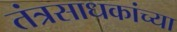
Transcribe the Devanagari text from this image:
तंत्रसाधकांच्या